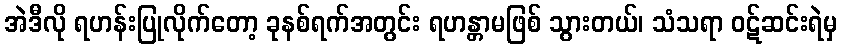
အဲဒီလို ရဟန်းပြုလိုက်တော့ ခုနစ်ရက်အတွင်း ရဟန္တာမဖြစ် သွားတယ်၊ သံသရာ ဝဋ်ဆင်းရဲမှ